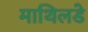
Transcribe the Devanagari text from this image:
माथिलडे